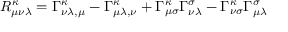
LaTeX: R _ { \mu \nu \lambda } ^ { \kappa } = \Gamma _ { { \nu \lambda } , \mu } ^ { \kappa } - \Gamma _ { { \mu \lambda } , \nu } ^ { \kappa } + \Gamma _ { \mu \sigma } ^ { \kappa } \Gamma _ { \nu \lambda } ^ { \sigma } - \Gamma _ { \nu \sigma } ^ { \kappa } \Gamma _ { \mu \lambda } ^ { \sigma }